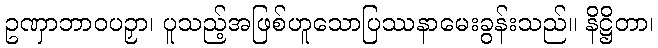
ဥဏှာဘာဝပဉှာ၊ ပူသည့်အဖြစ်ဟူသောပြဿနာမေးခွန်းသည်။ နိဋ္ဌိတာ၊